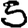
Digit: 5